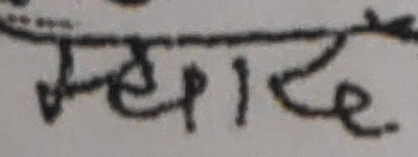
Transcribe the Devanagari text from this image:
महादे